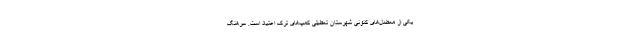
یکی از معضل‌های کنونی شهرستان تعطیلی کمپ‌های ترک اعتیاد است. سرهنگ